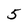
Character: 5